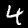
Label: 4